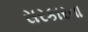
સરકારના